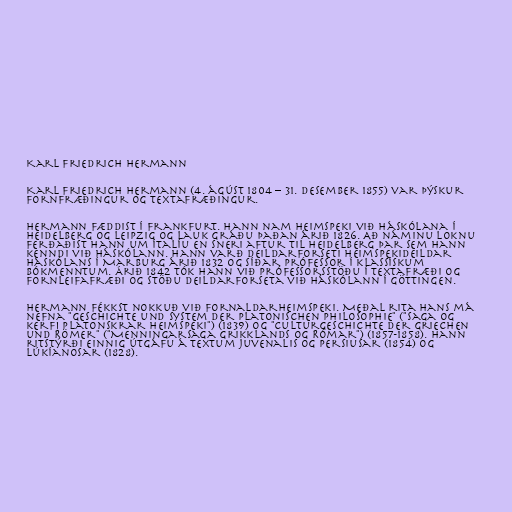
Karl Friedrich Hermann

Karl Friedrich Hermann (4. ágúst 1804 – 31. desember 1855) var þýskur
fornfræðingur og textafræðingur.

Hermann fæddist í Frankfurt. Hann nam heimspeki við háskólana í
Heidelberg og Leipzig og lauk gráðu þaðan árið 1826. Að náminu loknu
ferðaðist hann um Ítalíu en sneri aftur til Heidelberg þar sem hann
kenndi við háskólann. Hann varð deildarforseti heimspekideildar
háskólans í Marburg árið 1832 og síðar prófessor í klassískum
bókmenntum. Árið 1842 tók hann við prófessorsstöðu í textafræði og
fornleifafræði og stöðu deildarforseta við háskólann í Göttingen.

Hermann fékkst nokkuð við fornaldarheimspeki. Meðal rita hans má
nefna "Geschichte und System der Platonischen Philosophie" ("Saga og
kerfi platonskrar heimspeki") (1839) og "Culturgeschichte der Griechen
und Römer" ("Menningarsaga Grikklands og Rómar") (1857-1858). Hann
ritstýrði einnig útgáfu á textum Juvenalis og Persiusar (1854) og
Lúkíanosar (1828).